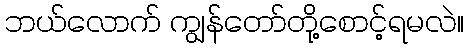
ဘယ်လောက် ကျွန်တော်တို့စောင့်ရမလဲ။